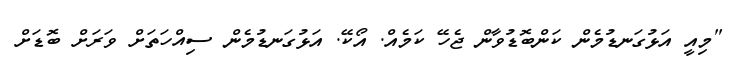
"މިއީ އަޅުގަނޑުމެން ކަންބޮޑުވާން ޖެހޭ ކަމެއް. އޯކޭ. އަޅުގަނޑުމެން ސިއްހަތަށް ވަރަށް ބޮޑަށް